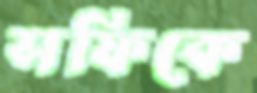
সফিকে